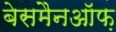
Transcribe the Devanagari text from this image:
बेसमैनऑफ़